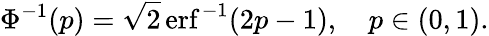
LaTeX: \Phi^{-1}(p)={\sqrt{2}}\operatorname{erf}^{-1}(2p-1),\quad p\in(0,1).